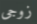
زوجى